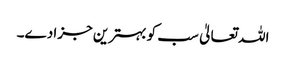
اللہ تعالیٰ سب کو بہترین جزا دے۔